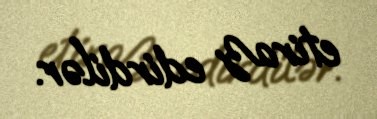
etiraz edirdilər.